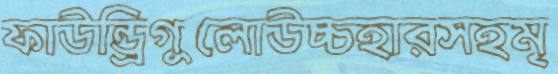
ফাউন্ড্রিগুলোউচ্চহারসহমৃ